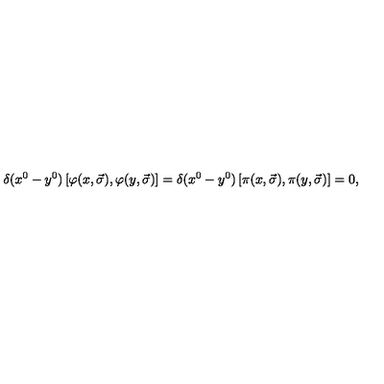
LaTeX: \delta ( x ^ { 0 } - y ^ { 0 } ) \left[ \varphi ( x , \vec { \sigma } ) , \varphi ( y , \vec { \sigma } ) \right] = \delta ( x ^ { 0 } - y ^ { 0 } ) \left[ \pi ( x , \vec { \sigma } ) , \pi ( y , \vec { \sigma } ) \right] = 0 ,